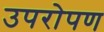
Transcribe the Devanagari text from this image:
उपरोपण